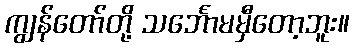
ကျွန်တော်တို့ သင်္ဘောမမှီတော့ဘူး။